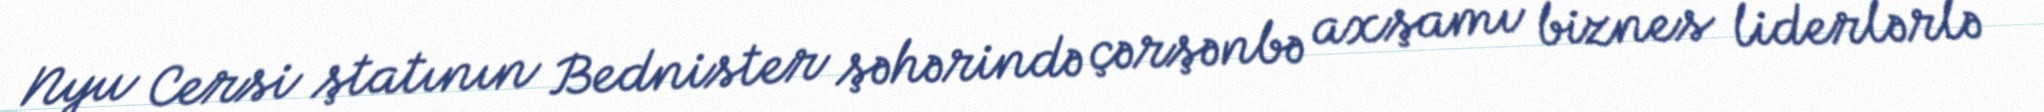
Nyu Cersi ştatının Bednister şəhərində çərşənbə axşamı biznes liderlərlə